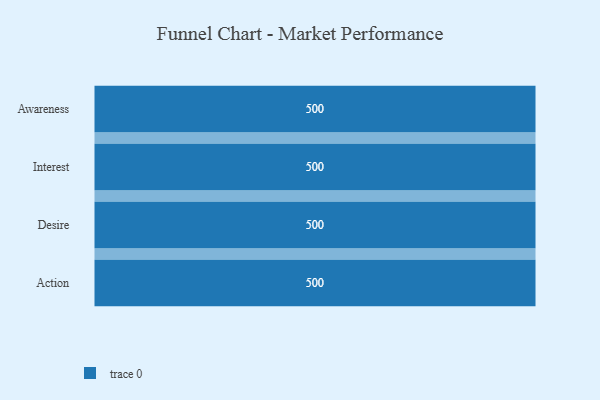
{"axis": {"x": "Stage", "y": "Value"}, "legend": [""], "data": [{"x": "Awareness", "y": 500, "type": ""}, {"x": "Interest", "y": 500, "type": ""}, {"x": "Desire", "y": 500, "type": ""}, {"x": "Action", "y": 500, "type": ""}]}